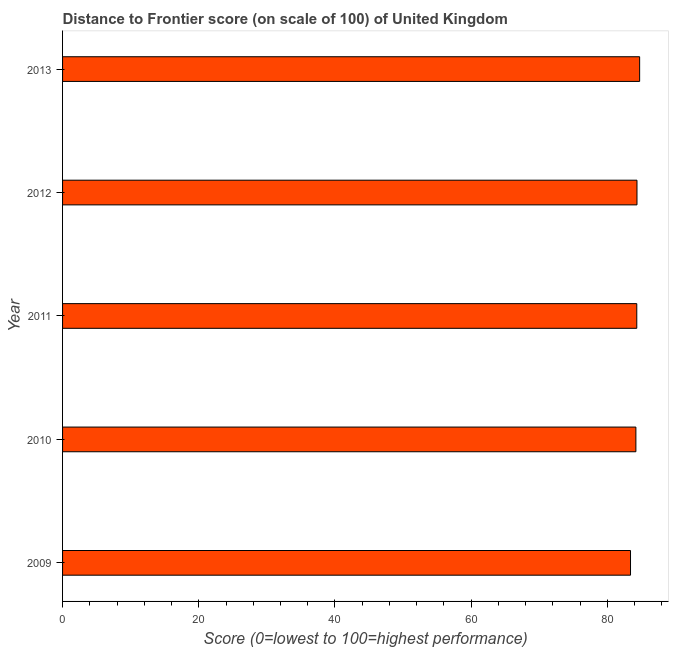
| Year | Distance to frontier score |
 | --- | --- |
 | 2009 | 83.4 |
 | 2010 | 84.2 |
 | 2011 | 84.3 |
 | 2012 | 84.3 |
 | 2013 | 84.7 |